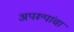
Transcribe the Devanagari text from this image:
अपरूपांचा